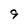
Character: 9